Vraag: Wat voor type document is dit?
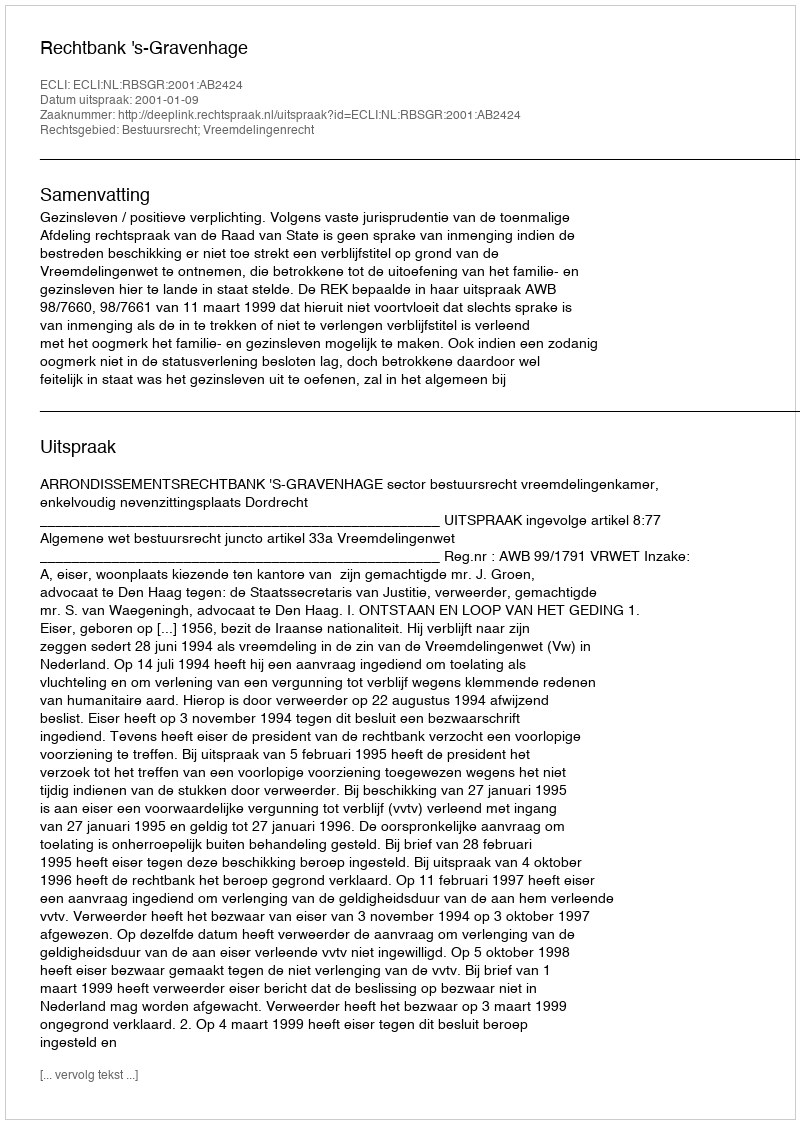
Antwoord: Uitspraak